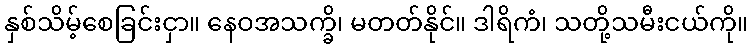
နှစ်သိမ့်စေခြင်းငှာ။ နေဝအသက္ခိ၊ မတတ်နိုင်။ ဒါရိကံ၊ သတို့သမီးငယ်ကို။